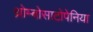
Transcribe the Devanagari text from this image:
थ्रोम्बोसाटोपेनिया